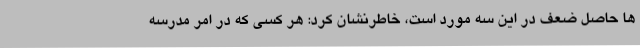
ها حاصل ضعف در این سه مورد است، خاطرنشان کرد: هر کسی که در امر مدرسه